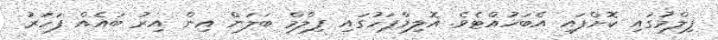
ފިލްމުގައި ކޮށްފައި އެބަހުއްޓެވެ. އޮލިމްޕަހުގައި ފިލްމް ބަލަން އިން އިރު ބައެއް ފަހަރު